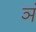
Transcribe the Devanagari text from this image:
ञं